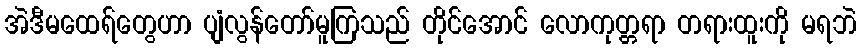
အဲဒီမထေရ်တွေဟာ ပျံလွန်တော်မူကြသည် တိုင်အောင် လောကုတ္တရာ တရားထူးကို မရဘဲ